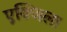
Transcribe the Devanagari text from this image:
एक्जिला